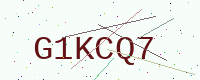
Text: G1KCQ7